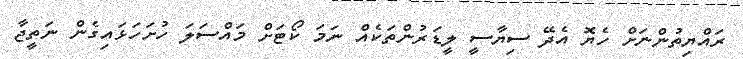
ރައްޔިތުންނަށް ހެޔޮ އެދޭ ސިޔާސީ ލީޑަރުންތަކެއް ނަމަ ކޯޓަށް މައްސަލަ ހުށަހަޅައިގެން ނަތީޖާ